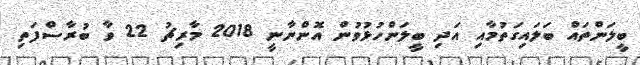
ބީލަންތައް ބަލައިގަތުމާއި އަދި ބީލަންހުޅުވުން އޮންނާނީ 2018 މާރިޗު 22 ވާ ބުރާސްފަތި